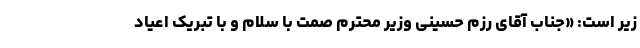
زیر است: «جناب آقای رزم حسینی وزیر محترم صمت با سلام و با تبریک اعیاد